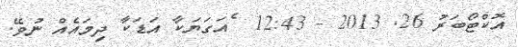
އޮކްޓޯބަރު 26